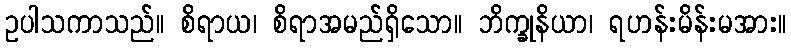
ဥပါသကာသည်။ စိရာယ၊ စိရာအမည်ရှိသော။ ဘိက္ခုနိယာ၊ ရဟန်းမိန်းမအား။